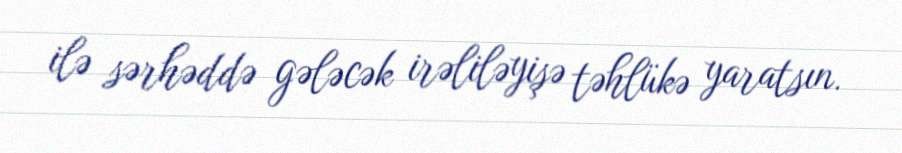
ilə sərhəddə gələcək irəliləyişə təhlükə yaratsın.